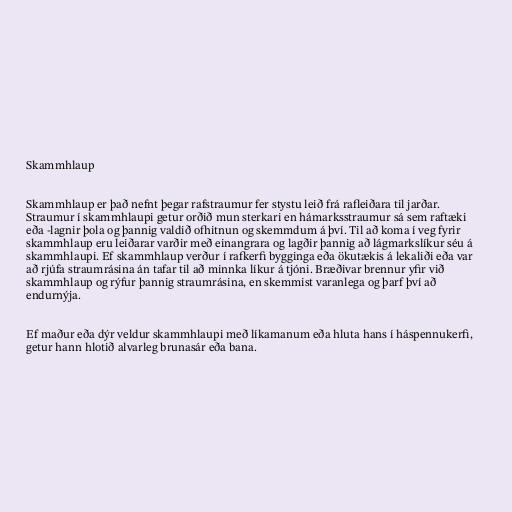
Skammhlaup

Skammhlaup er það nefnt þegar rafstraumur fer stystu leið frá rafleiðara til jarðar.
Straumur í skammhlaupi getur orðið mun sterkari en hámarksstraumur sá sem raftæki
eða -lagnir þola og þannig valdið ofhitnun og skemmdum á því. Til að koma í veg fyrir
skammhlaup eru leiðarar varðir með einangrara og lagðir þannig að lágmarkslíkur séu á
skammhlaupi. Ef skammhlaup verður í rafkerfi bygginga eða ökutækis á lekaliði eða var
að rjúfa straumrásina án tafar til að minnka líkur á tjóni. Bræðivar brennur yfir við
skammhlaup og rýfur þannig straumrásina, en skemmist varanlega og þarf því að
endurnýja.

Ef maður eða dýr veldur skammhlaupi með líkamanum eða hluta hans í háspennukerfi,
getur hann hlotið alvarleg brunasár eða bana.